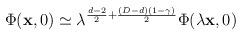
LaTeX: \begin{align*}\Phi({\bf x},0)\simeq \lambda^{\frac{d-2}{2}+\frac{(D-d)(1-\gamma)}{2}} \Phi(\lambda{\bf x},0)\end{align*}